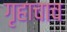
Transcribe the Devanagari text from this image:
गृहाचाच